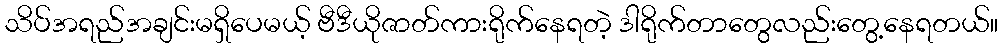
သိပ်အရည်အချင်းမရှိပေမယ့် ဗီဒီယိုဇာတ်ကားရိုက်နေရတဲ့ ဒါရိုက်တာတွေလည်းတွေ့နေရတယ်။